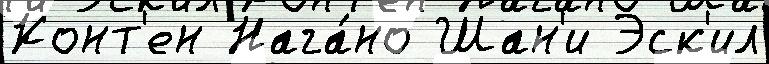
Конт'ен Нага́но Шан'и Эск'ил